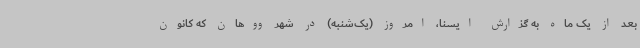
بعد از یک ماه به گزارش ایسنا، امروز (یک‌شنبه) در شهر ووهان که کانون